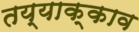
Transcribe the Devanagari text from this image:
तय्याक्काव